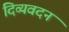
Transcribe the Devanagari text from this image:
दिव्यवदन